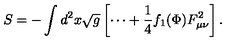
S = - \int d ^ { 2 } x \sqrt { g } \left[ \cdots + \frac { 1 } { 4 } f _ { 1 } ( \Phi ) F _ { \mu \nu } ^ { 2 } \right] . \nonumber